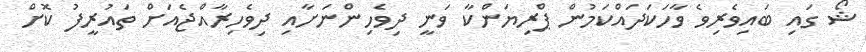
ޝޯ ގައި ބައިވެރިވެ ވާހަކަދައްކަމުން ޕްރިޔަންކާ ވަނީ ދިވެހިންނަށާއި ދިވެހިރާއްޖެއަށް ތައުރީފު ކޮށް